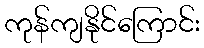
ကုန်ကျနိုင်ကြောင်း